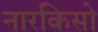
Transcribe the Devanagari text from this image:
नारकिसो